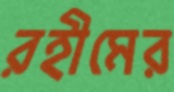
রহীমের